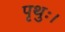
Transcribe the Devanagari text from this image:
पृथुः।